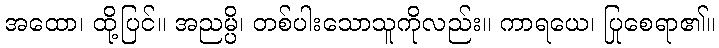
အထော၊ ထို့ပြင်။ အညမ္ပိ၊ တစ်ပါးသောသူကိုလည်း။ ကာရယေ၊ ပြုစေရာ၏။